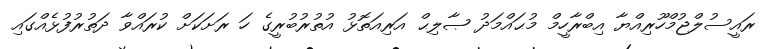
ރައީސުލްޖުމްހޫރިއްޔާ އިބްރާހީމް މުޙައްމަދު ޞާލިޙް އަރިއަތޮޅު އުތުރުބުރީގެ ހަ ރަށަކަށް ކުރައްވާ ދަތުރުފުޅެއްގައި